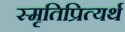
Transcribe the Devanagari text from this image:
स्मृतिप्रित्यर्थ